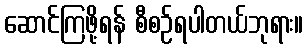
ဆောင်ကြဖို့ရန် စီစဉ်ရပါတယ်ဘုရား။